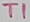
Text: T1